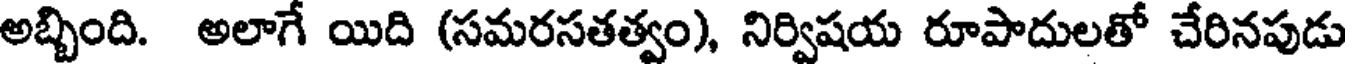
అబ్బింది. అలాగే యిది (సమరసతత్వం), నిర్విషయ రూపాదులతో చేరినపుడు